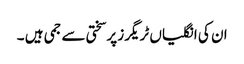
ان کی انگلیاں ٹریگرز پرسختی سے جمی ہیں ۔